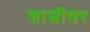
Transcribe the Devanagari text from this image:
शास्त्रींवर